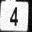
Digit: 4